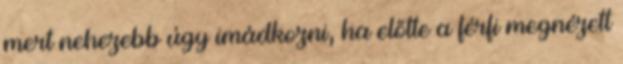
mert nehezebb úgy imádkozni, ha előtte a férfi megnézett